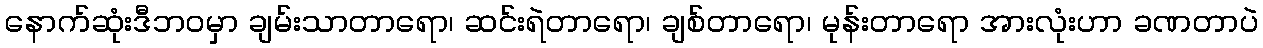
နောက်ဆုံးဒီဘဝမှာ ချမ်းသာတာရော၊ ဆင်းရဲတာရော၊ ချစ်တာရော၊ မုန်းတာရော အားလုံးဟာ ခဏတာပဲ